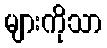
များကိုသာ